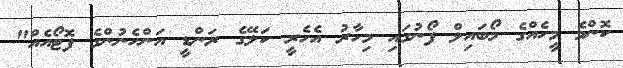
ކޮންމެ މީހެއްގެ މޯބައިލް ފޯނުގައި މިހާރު އެހެރީ ކަލޭގެ ރަންޑީ އަންހެނުންގެ ފޮޓޯއެއް"